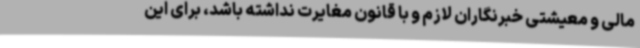
مالی و معیشتی خبرنگاران لازم و با قانون مغایرت نداشته باشد، برای این